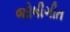
જોષીગીત